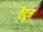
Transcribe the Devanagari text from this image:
वैद्रुम